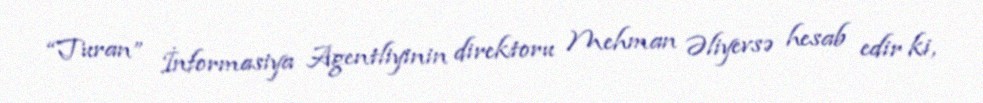
“Turan” İnformasiya Agentliyinin direktoru Mehman Əliyevsə hesab edir ki,